Vaccination United Provinces of Agra and Oudh 1923-1928 - 1923-1928
Year: 1923
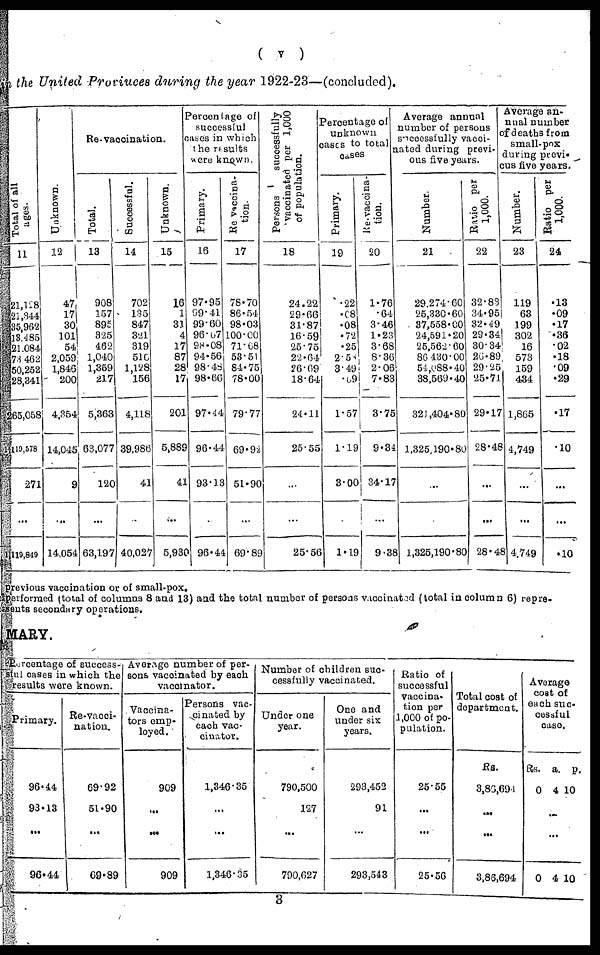
( v )
the United Provinces during the year 1922-23—(concluded).
Total of all
ages.
11
21,128
21,344
35,962
13,485
21,084
73,462
50,252
28,341
265,058
1,110,578
271
...
1,119,849
Unknown.
12
47
17
30
101
54
2,059
1,846
200
4,354
14,045
9
...
14,054
Revaccination.
Total.
13
908
157
895
325
462
1,040
1,359
217
5,363
63,077
120
...
63,197
Successful.
14
702
135
847
321
319
510
1,128
156
4,116
39,986
41
...
40,027
Unknown.
15
16
1
31
4
17
87
28
17
201
5,889
41
...
5,930
Percentage of
successful
cases in which
the results
were known.
Primary.
16
97.95
99.41
99.60
96.67
98.08
94.56
98.48
98.66
97.14
96.44
93.13
...
96.44
Re-vaccina¬
tion.
17
78.70
86.54
98.03
100.00
71.08
53.51
84.75
78.00
79.77
69.92
51.90
...
69.89
Persons
successfully
vaccinated per 1,000
of population.
18
24.22
29.66
31.87
16.59
25.75
22.64
26.69
18.64
24.11
25.55
...
...
25.56
Percentage of
unknown
cases to total
cases.
Primary.
19
.22
.08
.08
.72
.25
2.58
3.49
.09
1.57
1.19
3.00
...
1.19
Re-vaccina-
tion.
20
1.76
.64
3.46
1.23
3.68
8.36
2.06
7.83
3.75
9.34
34.17
...
9.38
Average annual
number of persons
successfully vacci¬
nated during previ-
ous five years.
Number.
21
29,274.60
25,330.60
37,558.00
24,591.20
25,562.60
86,430.00
54,088.40
38,569.40
321,404.80
1,325,190.80
...
...
1,325,190.80
Ratio per
1,000.
22
32.83
34.95
32.49
29.34
30.34
26.89
29.25
25.71
29.17
28.48
...
...
28.48
Average an-
nual number
of deaths from
small-pox
during previ¬
ous five years.
Number.
23
119
63
199
302
16
573
159
434
1,865
4,749
...
...
4,749
Ratio per
1,000.
24
.13
.09
.17
.36
.02
.18
.09
.29
.17
.10
...
...
.10
previous vaccination or of small-pox.
performed (total of columns 8 and 13) and the total number of persons vaccinated (total in column 6) repre¬
sents secondary operations.
MARY.
Percentage of success¬
ful cases in which the
results were known.
Primary.
96.44
93.13
...
96.44
Re-vacci¬
nation.
69.92
51.90
...
69.89
Average number of per¬
sons vaccinated by each
vaccinator.
Vaccina¬
tors emp¬
loyed.
909
...
...
909
Persons vac-
cinated by
each vac¬
cinator.
1,346.35
...
...
1,346.35
Number of children suc-
cessfully vaccinated.
Under one
year.
790,500
127
...
790.627
One and
under six
years.
293,452
91
...
293,543
Ratio of
successful
vaccina-
tion per
1,000 of po-
pulation.
25.55
...
...
25.56
Total cost of
department.
Rs.
3,86,691
...
...
3,86,694
Average
cost of
each suc¬
cessful
case.
Rs.
0
a.
4
p.
10
...
...
0 4 10
3